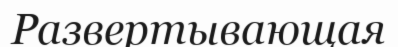
Развертывающая